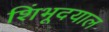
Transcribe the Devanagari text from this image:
शिंभूदयाल